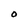
Character: O